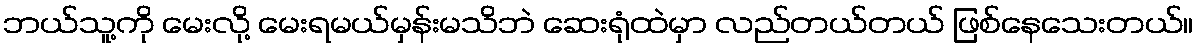
ဘယ်သူ့ကို မေးလို့ မေးရမယ်မှန်းမသိဘဲ ဆေးရုံထဲမှာ လည်တယ်တယ် ဖြစ်နေသေးတယ်။